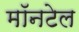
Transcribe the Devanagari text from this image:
मॉनटेल